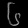
Digit: ၆